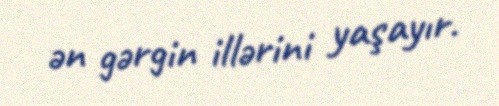
ən gərgin illərini yaşayır.